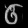
Digit: ၆